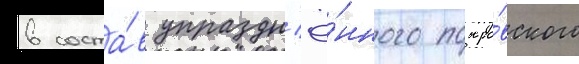
в соста́в упраздн'ё́нного покро́вского